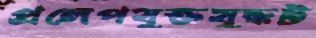
প্রলেপযুক্তযুদ্ধট